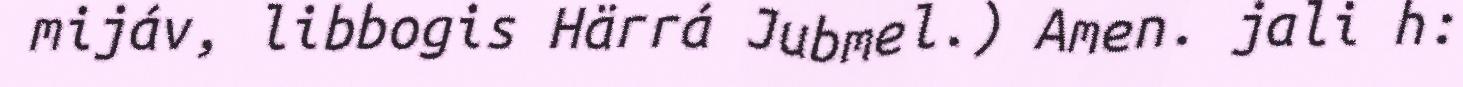
mijáv, libbogis Härrá Jubmel.) Amen. jali h: